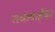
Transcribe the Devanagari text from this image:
राधाबाईंचा